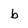
Character: b